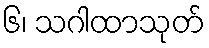
၆၊ သဂါထာသုတ်